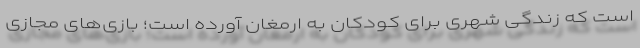
است که زندگی شهری برای کودکان به ارمغان آورده است؛ بازی‌های مجازی